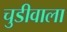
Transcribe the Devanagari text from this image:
चुडीवाला